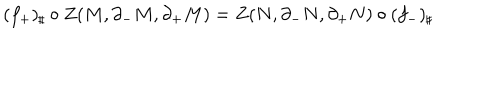
( f _ { + } ) _ { \sharp } \circ Z ( M , \partial _ { - } M , \partial _ { + } M ) = Z ( N , \partial _ { - } N , \partial _ { + } N ) \circ ( f _ { - } ) _ { \sharp }